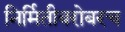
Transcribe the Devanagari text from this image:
निर्मितीबरोबरच